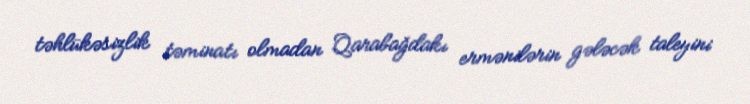
təhlükəsizlik təminatı olmadan Qarabağdakı ermənilərin gələcək taleyini